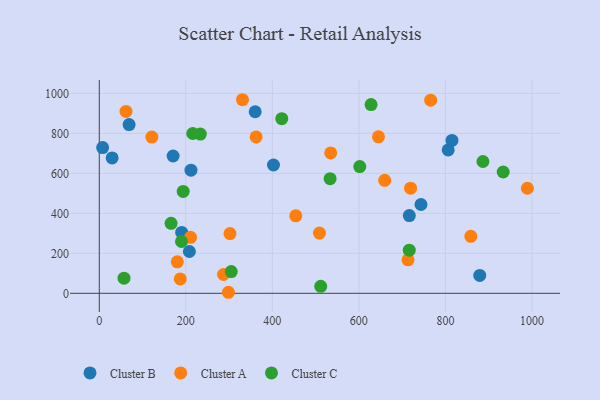
{"axis": {"x": "Experience", "y": "Exam Score"}, "legend": ["Cluster A", "Cluster B", "Cluster C"], "data": [{"x": "716.6", "y": 388.7, "type": "Cluster B"}, {"x": "806.5", "y": 717.2, "type": "Cluster B"}, {"x": "743.6", "y": 444.2, "type": "Cluster B"}, {"x": "879.4", "y": 89.3, "type": "Cluster B"}, {"x": "29.7", "y": 677.1, "type": "Cluster B"}, {"x": "402.6", "y": 641.7, "type": "Cluster B"}, {"x": "208.2", "y": 209.1, "type": "Cluster B"}, {"x": "7.7", "y": 728.7, "type": "Cluster B"}, {"x": "68.9", "y": 843.8, "type": "Cluster B"}, {"x": "190.4", "y": 304.6, "type": "Cluster B"}, {"x": "170.6", "y": 686.8, "type": "Cluster B"}, {"x": "360.3", "y": 908.0, "type": "Cluster B"}, {"x": "211.9", "y": 615.9, "type": "Cluster B"}, {"x": "815.2", "y": 764.4, "type": "Cluster B"}, {"x": "187.2", "y": 72.1, "type": "Cluster A"}, {"x": "645.3", "y": 782.5, "type": "Cluster A"}, {"x": "298.5", "y": 5.2, "type": "Cluster A"}, {"x": "331.0", "y": 968.1, "type": "Cluster A"}, {"x": "210.9", "y": 279.9, "type": "Cluster A"}, {"x": "534.9", "y": 702.3, "type": "Cluster A"}, {"x": "180.3", "y": 157.6, "type": "Cluster A"}, {"x": "766.0", "y": 966.0, "type": "Cluster A"}, {"x": "61.7", "y": 909.6, "type": "Cluster A"}, {"x": "454.2", "y": 387.6, "type": "Cluster A"}, {"x": "302.1", "y": 298.5, "type": "Cluster A"}, {"x": "508.9", "y": 301.2, "type": "Cluster A"}, {"x": "287.1", "y": 94.1, "type": "Cluster A"}, {"x": "858.8", "y": 285.1, "type": "Cluster A"}, {"x": "719.5", "y": 525.9, "type": "Cluster A"}, {"x": "989.5", "y": 525.3, "type": "Cluster A"}, {"x": "362.5", "y": 782.3, "type": "Cluster A"}, {"x": "713.6", "y": 167.3, "type": "Cluster A"}, {"x": "121.5", "y": 781.3, "type": "Cluster A"}, {"x": "659.7", "y": 564.9, "type": "Cluster A"}, {"x": "421.8", "y": 873.2, "type": "Cluster C"}, {"x": "602.1", "y": 634.0, "type": "Cluster C"}, {"x": "716.5", "y": 215.6, "type": "Cluster C"}, {"x": "193.9", "y": 509.4, "type": "Cluster C"}, {"x": "233.6", "y": 796.1, "type": "Cluster C"}, {"x": "57.1", "y": 75.7, "type": "Cluster C"}, {"x": "305.0", "y": 108.5, "type": "Cluster C"}, {"x": "190.0", "y": 259.1, "type": "Cluster C"}, {"x": "886.8", "y": 659.1, "type": "Cluster C"}, {"x": "628.2", "y": 943.9, "type": "Cluster C"}, {"x": "216.0", "y": 799.3, "type": "Cluster C"}, {"x": "511.8", "y": 34.8, "type": "Cluster C"}, {"x": "533.5", "y": 573.2, "type": "Cluster C"}, {"x": "933.6", "y": 606.7, "type": "Cluster C"}, {"x": "165.9", "y": 350.1, "type": "Cluster C"}]}